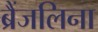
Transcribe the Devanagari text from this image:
ब्रैंजलिना